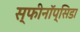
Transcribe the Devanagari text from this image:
स्फीनॉप्सिडा